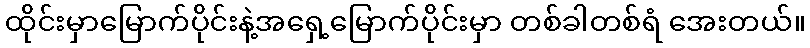
ထိုင်းမှာမြောက်ပိုင်းနဲ့အရှေ့မြောက်ပိုင်းမှာ တစ်ခါတစ်ရံ အေးတယ်။